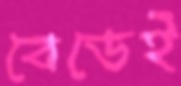
বেডেই